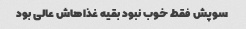
سوپش فقط خوب نبود بقیه غذاهاش عالی بود